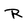
Character: R